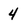
Character: 4